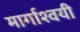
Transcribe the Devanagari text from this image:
मार्गाश्वयी